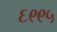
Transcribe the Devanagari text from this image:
६९९५